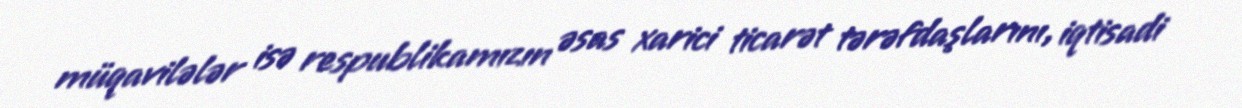
müqavilələr isə respublikamızın əsas xarici ticarət tərəfdaşlarını, iqtisadi